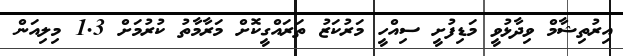
އިރުތިޝާމް ވިދާޅުވީ މަޑިފުށީ ސިއްހީ މަރުކަޒު ތަރައްގީކޮށް މަރާމާތު ކުރުމަށް 1.3 މިލިއަން